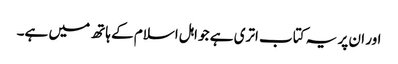
اور ان پر یہ کتاب اتری ہے جو اہل اسلام کے ہاتھ میں ہے۔